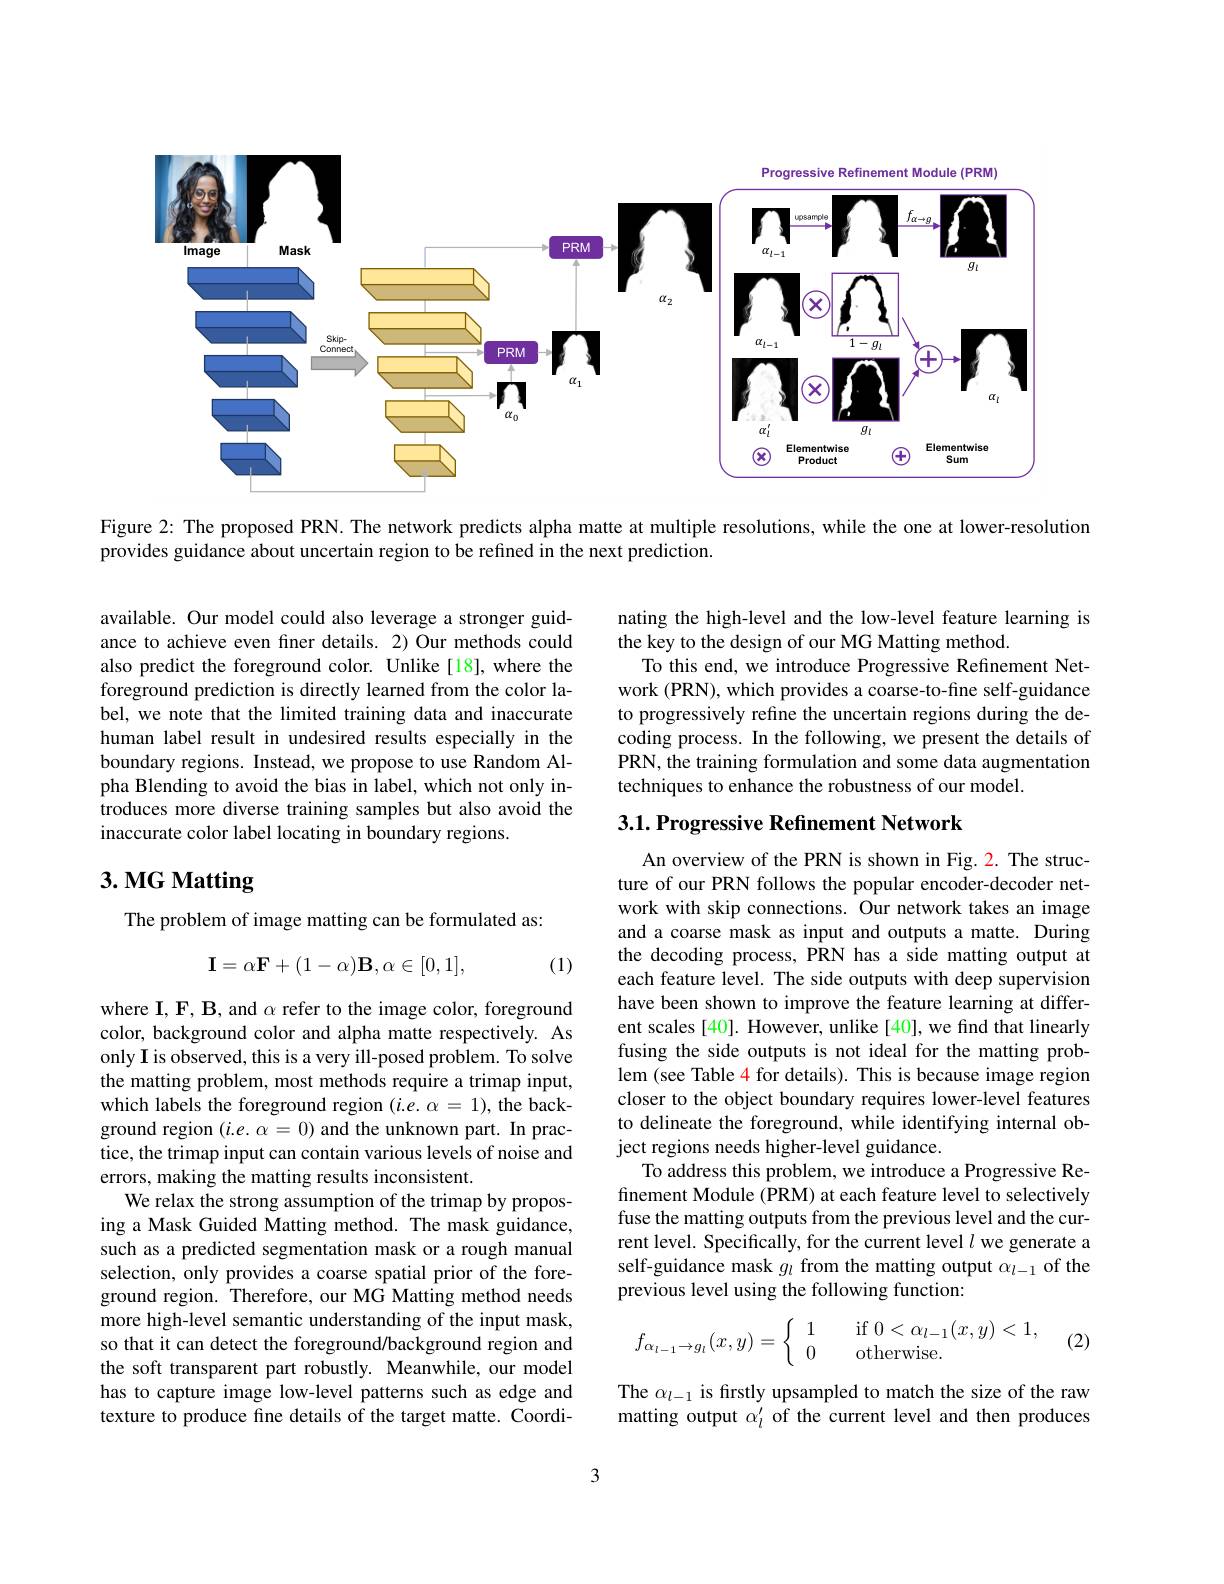
<FigureHere>

Figure 2: The proposed PRN. The network predicts alpha matte at multiple resolutions, while the one at lower-resolution

provides guidance about uncertain region to be refined in the next prediction.

available. Our model could also leverage a stronger guidance to achieve even finer details. 2) Our methods could also predict the foreground color. Unlike [18], where the foreground prediction is directly learned from the color label, we note that the limited training data and inaccurate human label result in undesired results especially in the boundary regions. Instead, we propose to use Random Alpha Blending to avoid the bias in label, which not only introduces more diverse training samples but also avoid the inaccurate color label locating in boundary regions.

# 3. MG Matting

The problem of image matting can be formulated as:
$$\mathbf I=\alpha\mathbf F+(1-\alpha)\mathbf B,\alpha\in[0,1],$$
(1)

where I, F, B, and $\alpha$ refer to the image color, foreground color, background color and alpha matte respectively. As only I is observed, this is a very ill-posed problem. To solve the matting problem, most methods require a trimap input, which labels the foreground region $(i.e.\alpha=1)$, the background region $(i.e.\alpha=0)$ and the unknown part. In practice, the trimap input can contain various levels of noise and errors, making the matting results inconsistent
We relax the strong assumption of the trimap by proposing a Mask Guided Matting method. The mask guidance, such as a predicted segmentation mask or a rough manual selection, only provides a coarse spatial prior of the foreground region. Therefore, our MG Matting method needs more high-level semantic understanding of the input mask, so that it can detect the foreground/background region and the soft transparent part robustly. Meanwhile, our model has to capture image low-level patterns such as edge and texture to produce fine details of the target matte. Coordi-

nating the high-level and the low-level feature learning is
the key to the design of our MG Matting method.
To this end, we introduce Progressive Refinement Network (PRN), which provides a coarse-to-fine self-guidance to progressively refine the uncertain regions during the decoding process. In the following, we present the details of PRN, the training formulation and some data augmentation techniques to enhance the robustness of our model

$3. 1. \textbf{Progressive Refinement Network}$

An overview of the PRN is shown in Fig. 2. The structure of our PRN follows the popular encoder-decoder network with skip connections. Our network takes an image and a coarse mask as input and outputs a matte. During the decoding process, PRN has a side matting output at each feature level. The side outputs with deep supervision have been shown to improve the feature learning at different scales [40]. However, unlike [40], we find that linearly fusing the side outputs is not ideal for the matting problem (see Table 4 for details). This is because image region closer to the object boundary requires lower-level features to delineate the foreground, while identifying internal object regions needs higher-level guidance.
To address this problem, we introduce a Progressive Refinement Module (PRM) at each feature level to selectively fuse the matting outputs from the previous level and the current level. Specifically, for the current level $l$ we generate a self-guidance mask $g_l$ from the matting output $\alpha_l-1$ of the previous level using the following function:
$$f_{\alpha_{l-1}\to g_l}(x,y)=\left\{\begin{array}{ll}1&\quad\mathrm{if~}0<\alpha_{l-1}(x,y)<1,\\0&\quad\mathrm{otherwise}.\end{array}\right.$$
(2)

The $\alpha_{l-1}$ is firstly upsampled to match the size of the raw matting output $\alpha_l^{\prime}$ of the current level and then produces

3